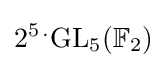
2^{5\,.}\mathrm {GL} _{5}(\mathbb {F} _{2})